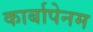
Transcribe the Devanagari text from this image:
कार्बापेनम